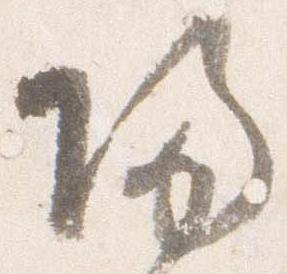
帰